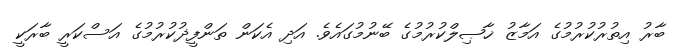
ބާރު އިތުރުކުރުމުގެ އަމާޒު ޚާޞިލްކުރުމުގެ ބޭނުމުގައެވެ. އަދި އެކަން ތަންފީޛުކުރުމުގެ އަސްކަރީ ބާރަކީ